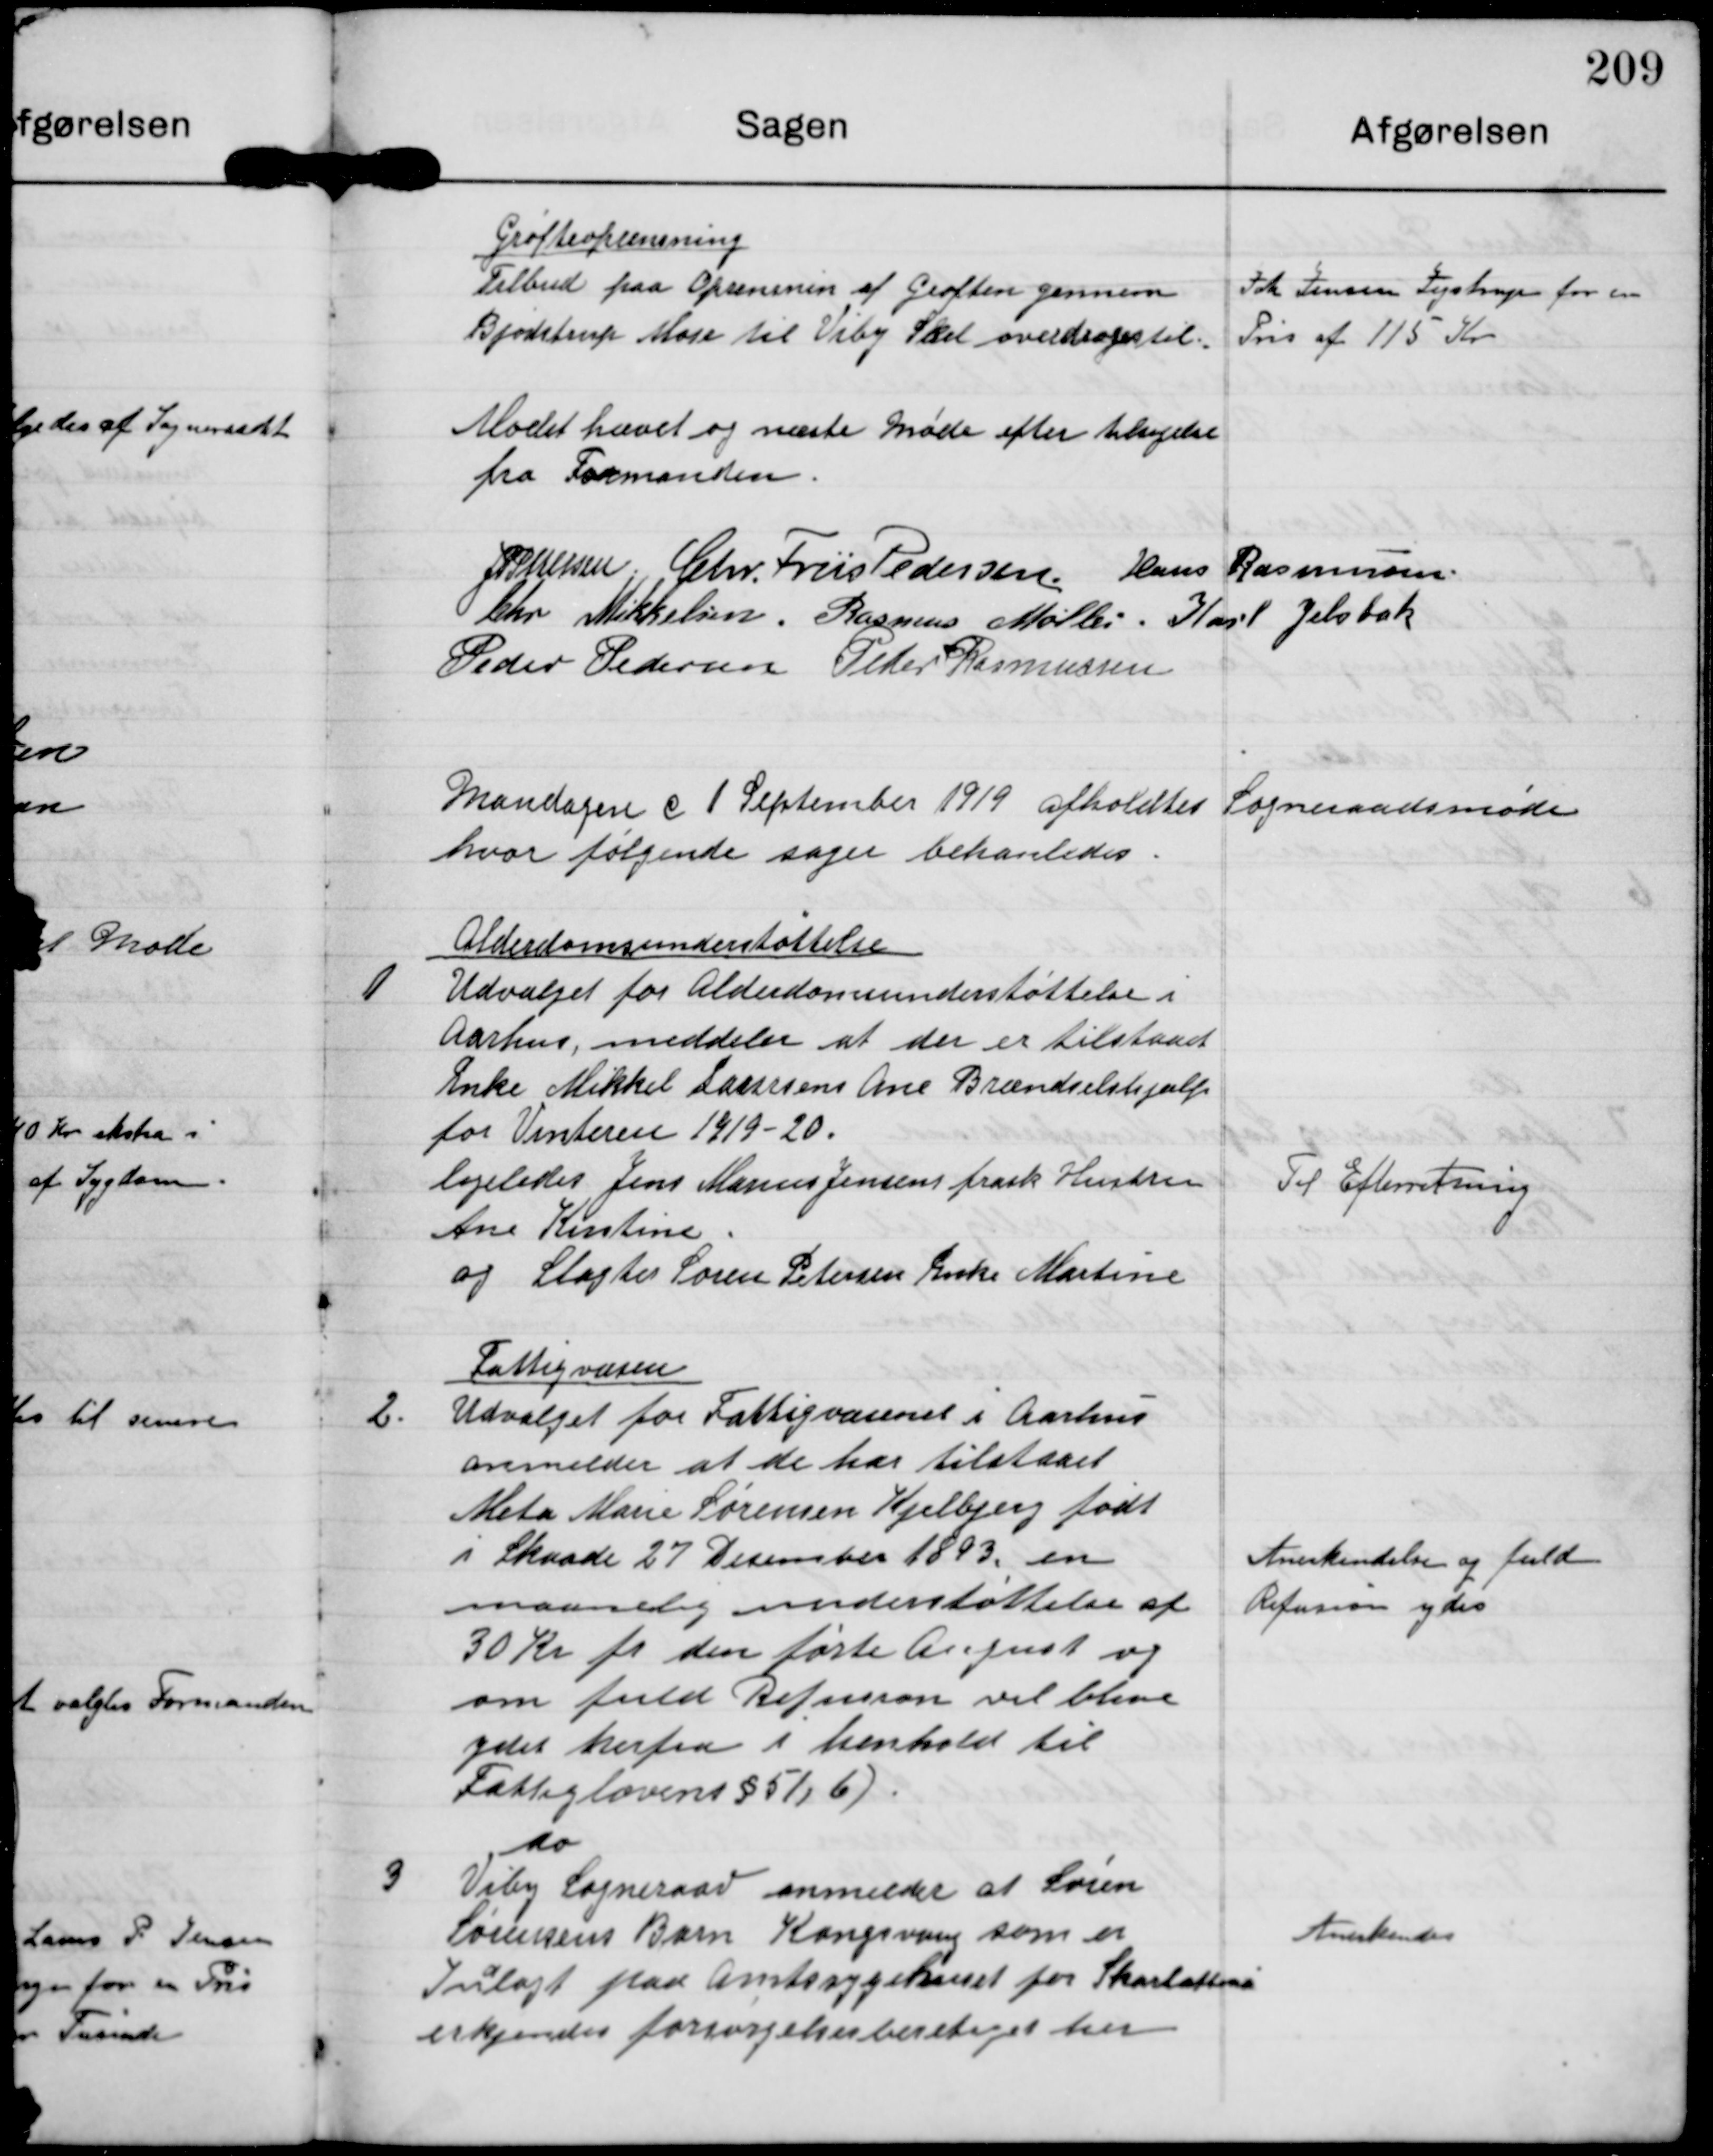
Transskription:
Grøfteoprensning
Tilbud paa Oprensning af Grøften gennem
Bjødstrup Mose til Viby Skel overdroges til

Johs Jensen Jegstrup for en
Pris af 115 Kr

Mødet hævet og næste Møde efter tilsigelse
fra Formanden

J P Petersen

Chr. Friis Pedersen

Hans Rasmussen

Chr Mikkelsen

Rasmus Møller

Karl Jelsbak

Peder Pedersen

Peder Rasmussen

Mandagen d 1 September 1919 afholdtes
Sogneraadsmøde
hvor følgende sager behanledes

1

Alderdomsunderstøttelse
Udvalget for Alderdomsunderstøttelse i
Aarhus, meddeler at der er tilstaaet
Enke Mikkel Laursens Ane Brændselshjælp
for Vinteren 1919-20.
Ligeledes Jens Marius Jensens frask. Hustru
Ane Kirstine
og Slagter Søren Petersen Enke Martine

Til Efterretning

2.

Fattigvæsen
Udvalget for Fattigvæsenet i Aarhus
anmelder at de har tilstaaet
Meta Marie Sørensen Kjelbjerg født
i Skaade 27 Desember 1893 en
maanedlig understøttelse af
30 Kr pr den første August og
om fuld Refusion vil blive
ydet herfra i henhold til
Fattiglovens §51, 6)

Anerkendelse og fuld
Refusion ydes

3

do
Viby Sogneraad anmelder at Søren
Sørensens Barn Kongsvang som er
Indlagt paa Amtssygehuset for Skarlattine
erkjendes forsørgelsesberetiget her

Anerkendes